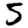
Digit: 5